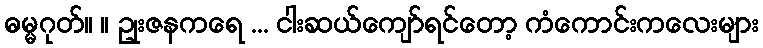
ဓမ္မဂုတ်။ ။ ဥုးဇနကရေ ... ငါးဆယ်ကျော်ရင်တော့ ကံကောင်းကလေးများ